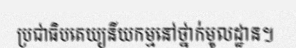
ប្រជាធិបតេយ្យនីយកម្មនៅថ្នាក់មូលដ្ឋាន។